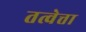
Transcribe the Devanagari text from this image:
तत्वेत्ता